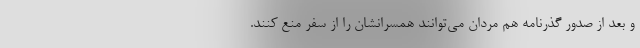
و بعد از صدور گذرنامه هم مردان می‌توانند همسرانشان را از سفر منع کنند.